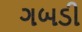
ગબડી